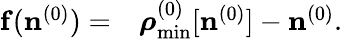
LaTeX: \begin{array}{rl}{{\mathbf f}({\mathbf n}^{(0)})=}&{{}{\boldsymbol\rho}_{\mathrm{min}}^{(0)}[{\mathbf n}^{(0)}]-{\mathbf n}^{(0)}.}\end{array}